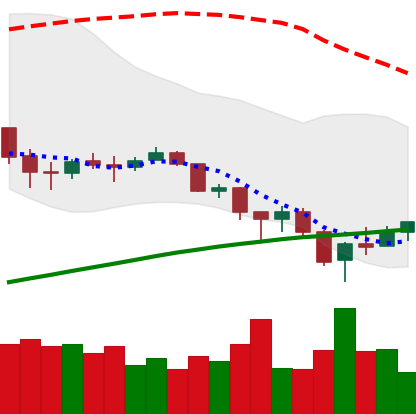
Ticker: BTC-USD
Chart end date: 2018-02-09
Forward return: 8.672%
Label: up_7plus